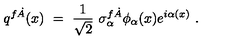
q ^ { f \dot { A } } ( x ) \ = \ \frac 1 { \sqrt 2 } \ \sigma _ { \alpha } ^ { f \dot { A } } \phi _ { \alpha } ( x ) e ^ { i \alpha ( x ) } \ .